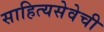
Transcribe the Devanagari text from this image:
साहित्यसेवेची